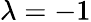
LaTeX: \lambda=-1